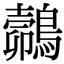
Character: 𪄽